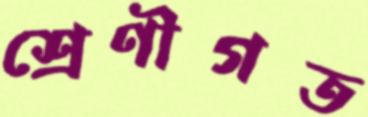
শ্রেণীগত